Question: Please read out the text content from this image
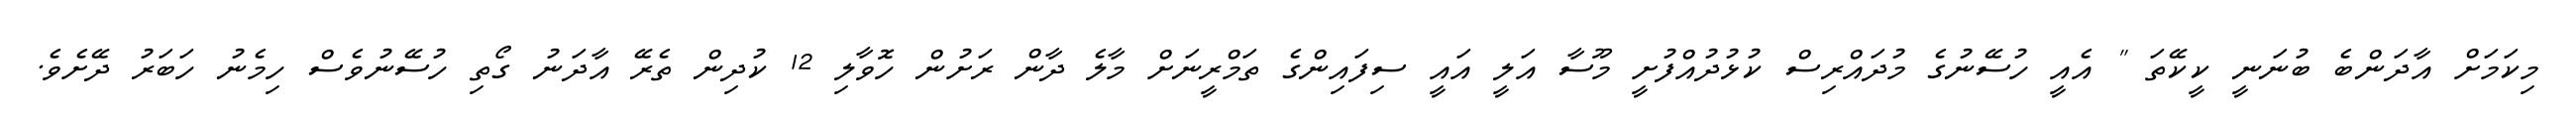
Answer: މިކަމަށް އާދަންބެ ބުނަނީ ކީކޭތަ " އެއީ ހުސޭނުގެ މުދައްރިސް ކުޅުދުއްފުށީ މޫސާ އަލީ އައީ ސިފައިންގެ ތަމްރީނަށް މާލެ ދާން ރަށުން ހޮވާލި 12 ކުދިން ތެރޭ އާދަނު ގޯތި ހުސޭނުވެސް ހިމެނު ހަބަރު ދޭށެވެ.